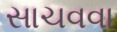
સાચવવા